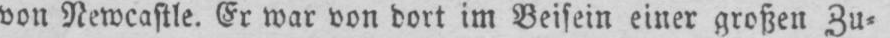
von Newcastle. Er war von dort im Beisein einer großen Zu⸗